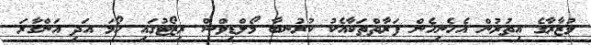
ވުޒާރާގެ އިތުރުން އެހެނިހެން ފަރާތްތަކާއެކު ކުރުނބާ މޯލްޑިވްސް ރިޒޯޓުގައި ހޯމަ އަދި އަންގާރަ